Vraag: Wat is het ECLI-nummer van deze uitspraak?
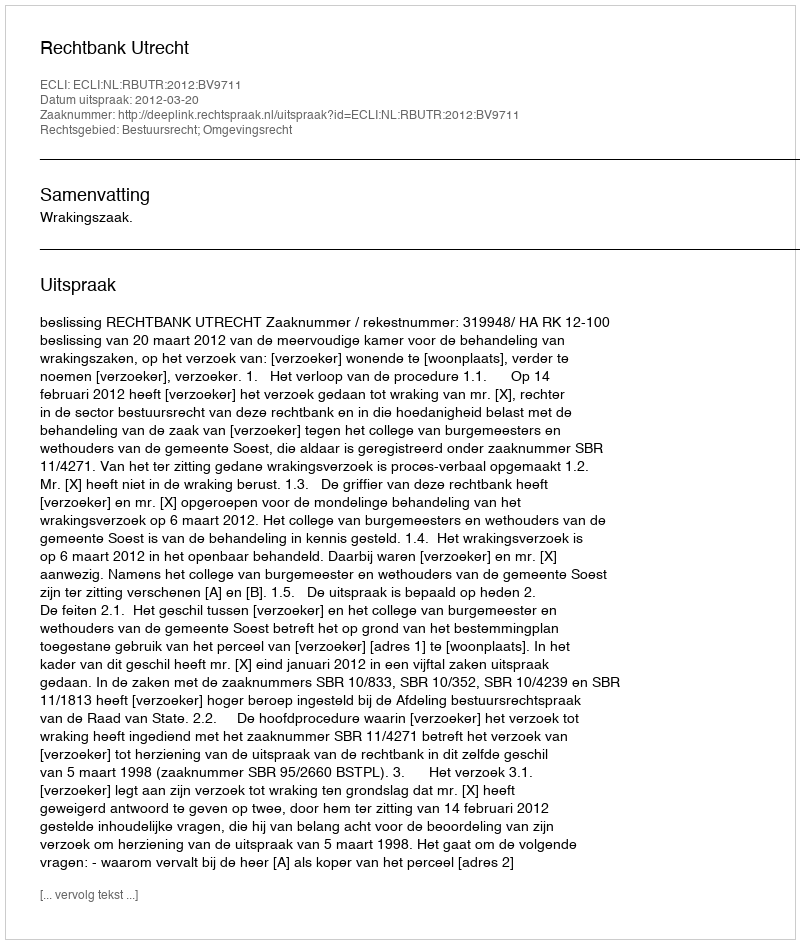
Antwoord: ECLI:NL:RBUTR:2012:BV9711